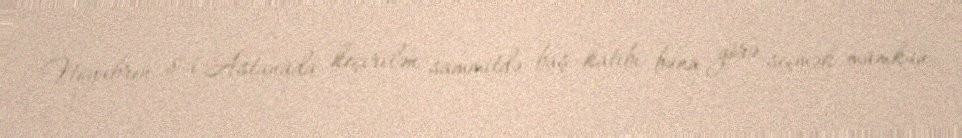
Noyabrın 8-i Astanada keçirilən sammitdə baş katibi buna görə seçmək mümkün